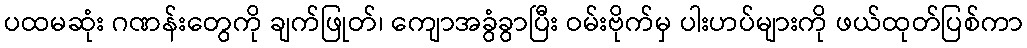
ပထမဆုံး ဂဏန်းတွေကို ချက်ဖြုတ်၊ ကျောအခွံခွာပြီး ဝမ်းဗိုက်မှ ပါးဟပ်များကို ဖယ်ထုတ်ပြစ်ကာ